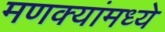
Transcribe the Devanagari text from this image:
मणक्यांमध्ये